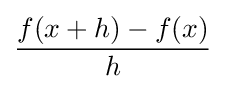
{\frac {f(x+h)-f(x)}{h}}